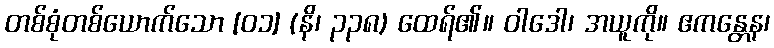
တစ်စုံတစ်ယောက်သော [၀၁] (နိ၊ ၃၃၈) ထေရ်၏။ ဝါဒေါ၊ အယူကို။ ဧကန္တေန၊